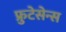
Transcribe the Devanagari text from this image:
फ्रुटेसेन्स